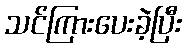
သင်ကြားပေးခဲ့ပြီး